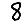
Digit: 8